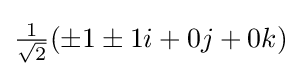
{\tfrac {1}{\sqrt {2}}}(\pm 1\pm 1i+0j+0k)